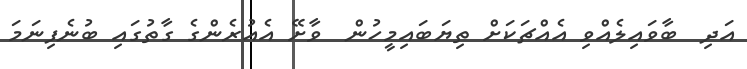
އަދި  ބާވައިލެއްވި އެއްޗަކަށް ތިޔަބައިމީހުން  ވާށޭ އެއުރެންގެ ގާތުގައި ބުނެފިނަމަ